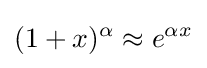
(1+x)^{\alpha }\approx e^{\alpha x}